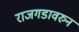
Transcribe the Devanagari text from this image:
राजगडावरुन